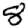
Digit: 8